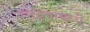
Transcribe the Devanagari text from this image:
यादवांमध्यें